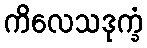
ကိလေသဒုက္ခံ